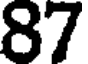
87